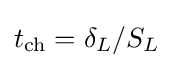
t_{\mathrm {ch} }=\delta _{L}/S_{L}